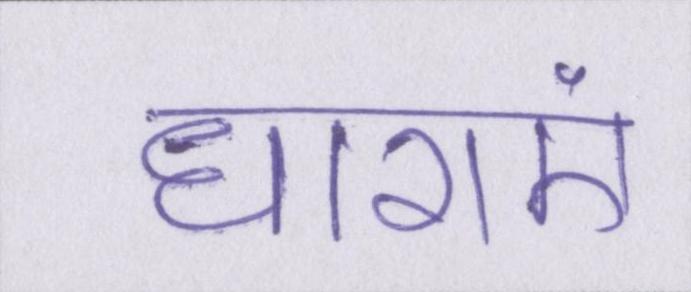
धाराएं